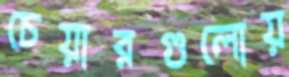
চেয়ারগুলোয়